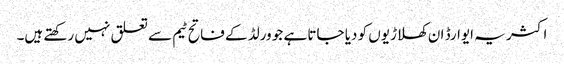
اکثر یہ ایوارڈ ان کھلاڑیوں کو دیا جاتا ہے جو ورلڈ کے فاتح ٹیم سے تعلق نہیں رکھتے ہیں۔